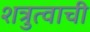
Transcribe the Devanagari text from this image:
शत्रुत्वाची